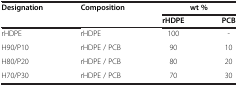
| Designation | Composition | <COLSPAN=2> wt % |
 |  |  | rHDPE | PCB |
 | --- | --- | --- | --- |
 | rHDPE | rHDPE | 100 | - |
 | H90/P10 | rHDPE / PCB | 90 | 10 |
 | H80/P20 | rHDPE / PCB | 80 | 20 |
 | H70/P30 | rHDPE / PCB | 70 | 30 |